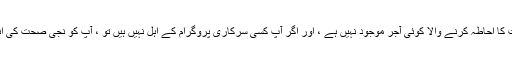
اگر آپ کے پاس صحت کا احاطہ کرنے والا کوئی آجر موجود نہیں ہے ، اور اگر آپ کسی سرکاری پروگرام کے اہل نہیں ہیں تو ، آپ کو نجی صحت کی انشورنس خریدنی ہوگی۔